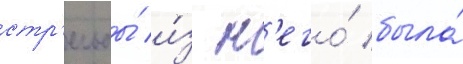
стр'ельбы́ и́з н'его́ была́